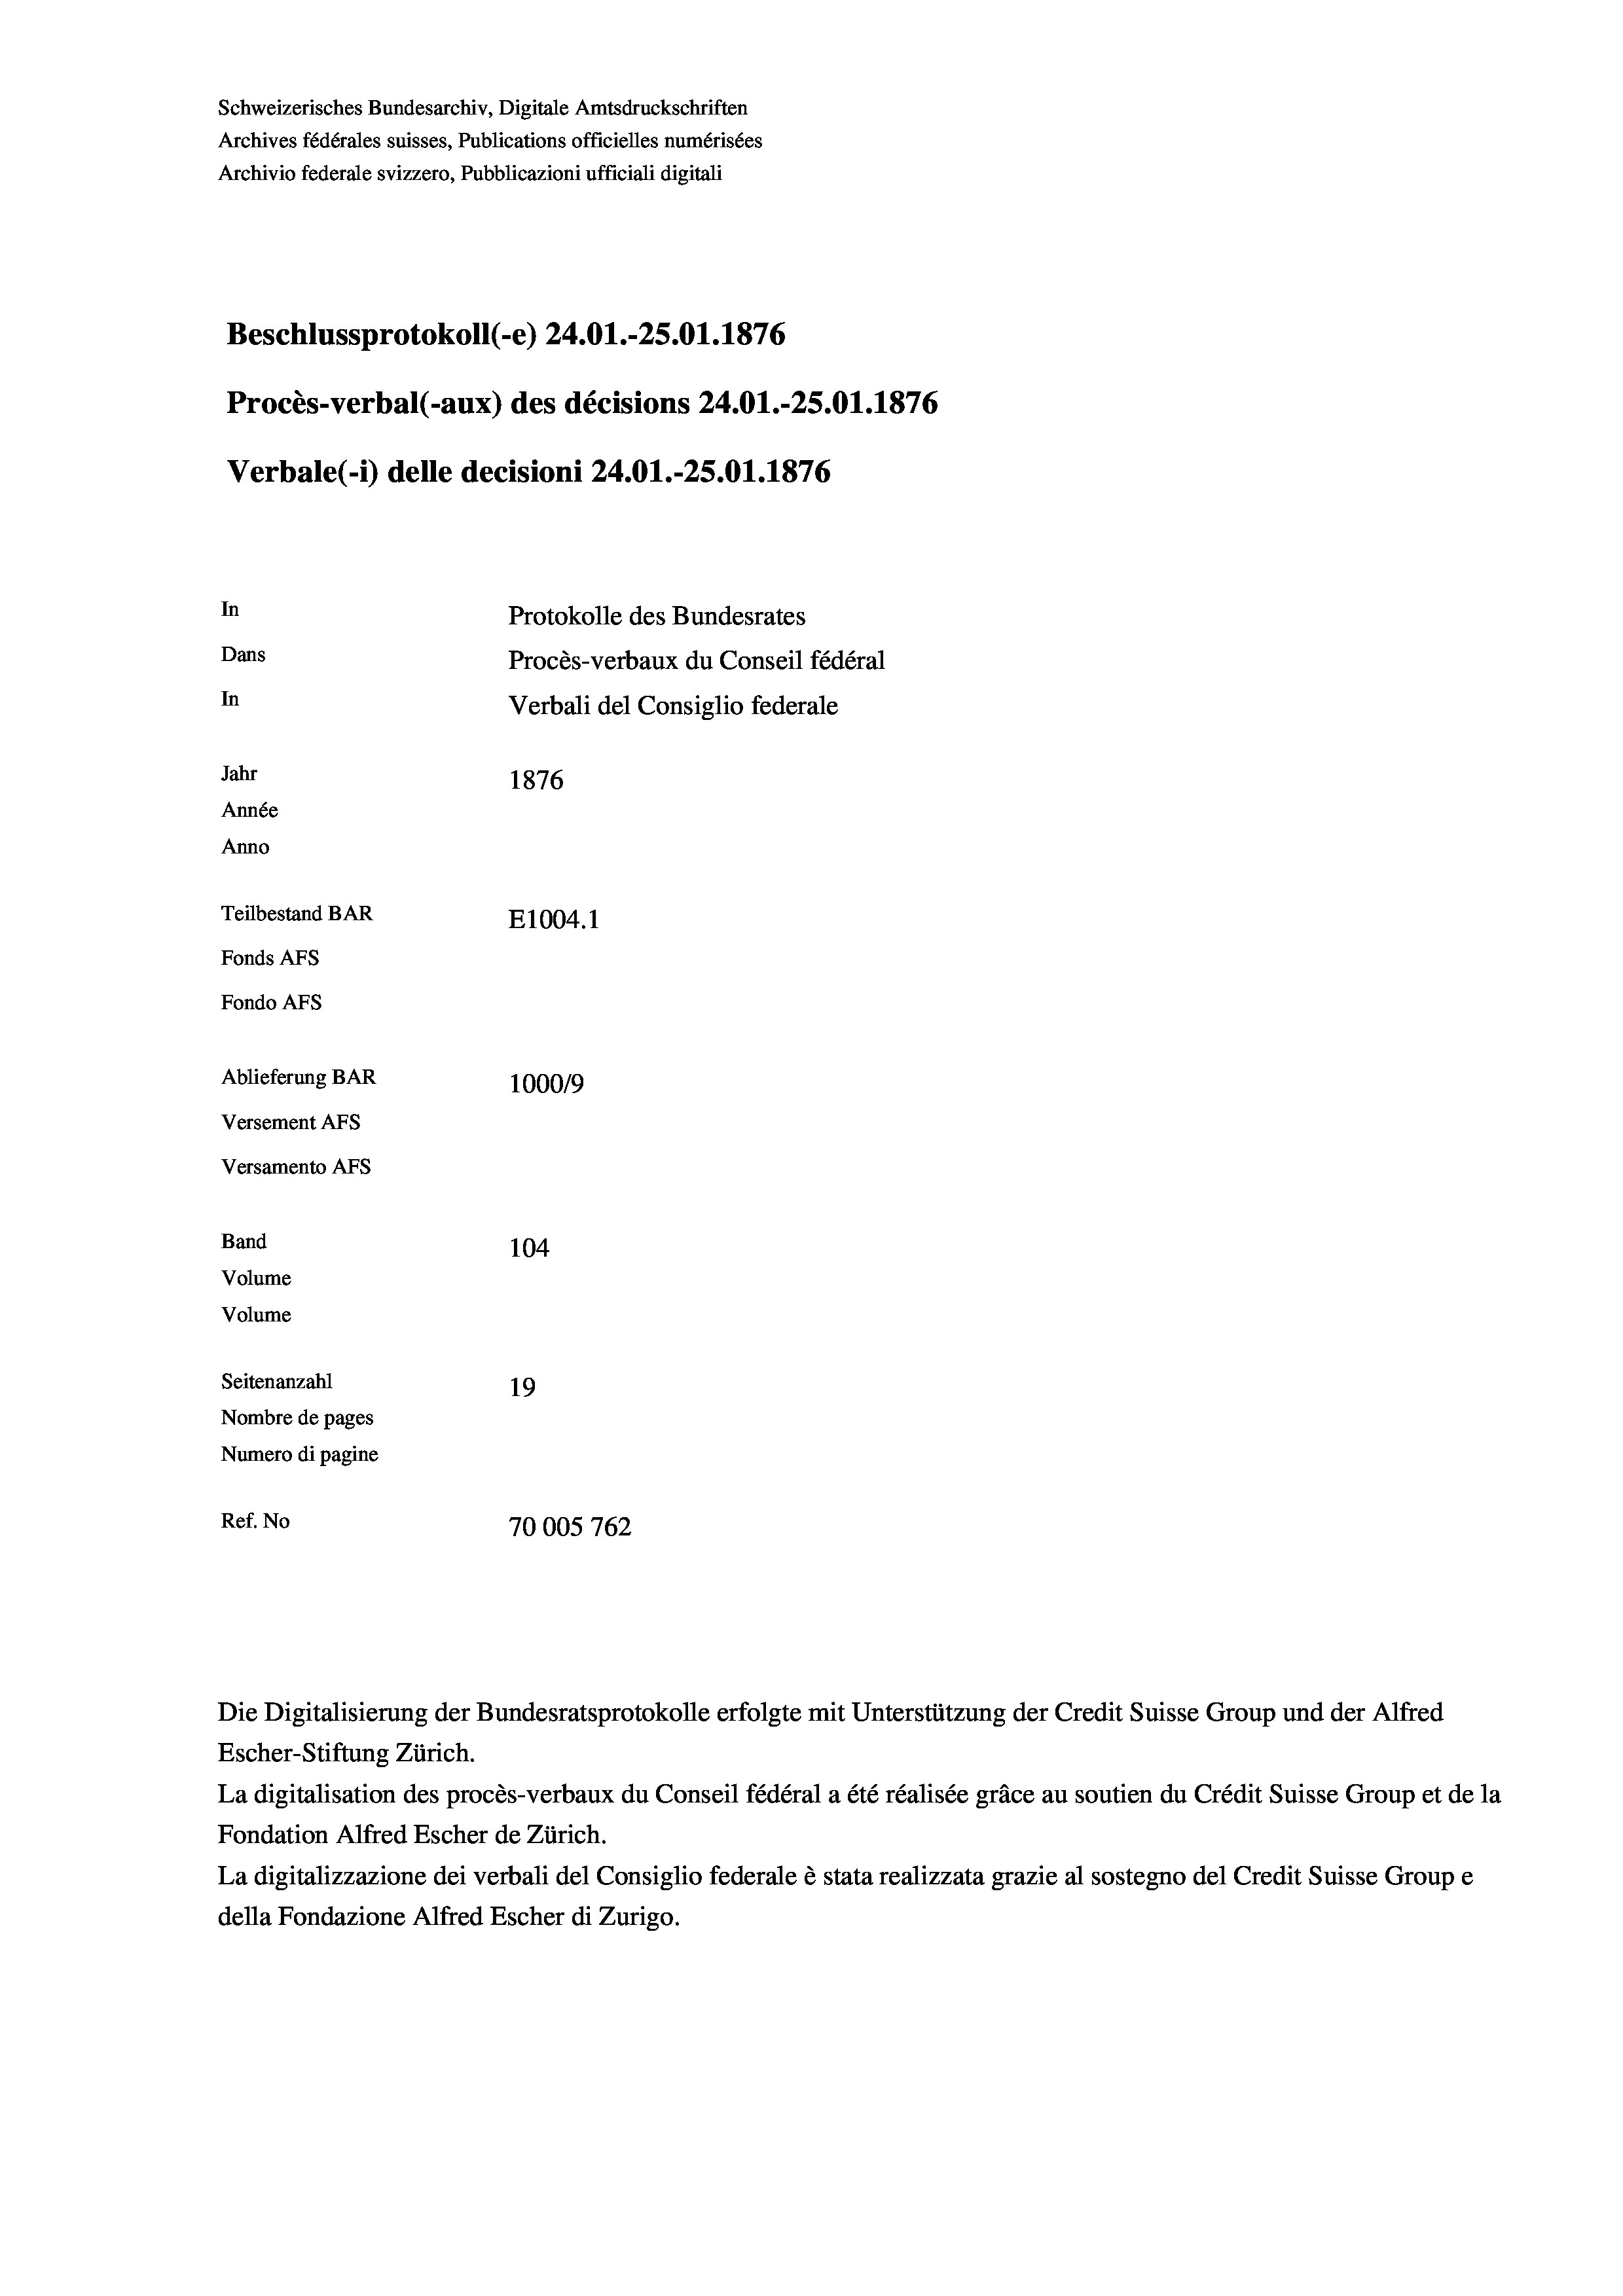
Schweizerisches Bundesarchiv, Digitale Amtsdruckschriften
Archives fédérales suisses, Publications officielles numérisées
Archivio federale svizzero, Pubblicazioni ufficiali digitali
Beschlussprotokoll (e) 24.01.-25.01. 1876
Procès-verbal (-aux) des décisions 24.01.-25.01. 1876
Verbale(-*) delle decisioni 24.01.-25.01. 1876
In
Protokolle des Bundesrates
Dans
Procès-verbaux du Conseil fédéral
In
Verbali del Consiglio federale
Jahr
1876
Année
Anno
Teilbestand BAR
E1004.1
Fonds AFs
Fondo Afs
Ablieferung BAR
100019
Versement AFs
Versamento Afs
Band

104
Volume
Volume
Seitenanzahl
19
Nombre de pages
Numero di pagine
Ref. No
70005 762

Die Digitalisierung der Bundesratsprotokolle erfolgte mit Unterstützung der Credit Suisse Group und der Alfred
Escher-Stiftung Zürich.
La digitalisation des procès-verbaux du Conseil fédéral a été réalisée gräce au soutien du Crédit Suisse Group et de la
Fondation Alfred Escher de Zürich.
La digitalizzazione dei verbali del Consiglio federale è stata realizzata grazie al sostegno del Credit Suisse Groupe
della Fondazione Alfred Escher di Zurigo.